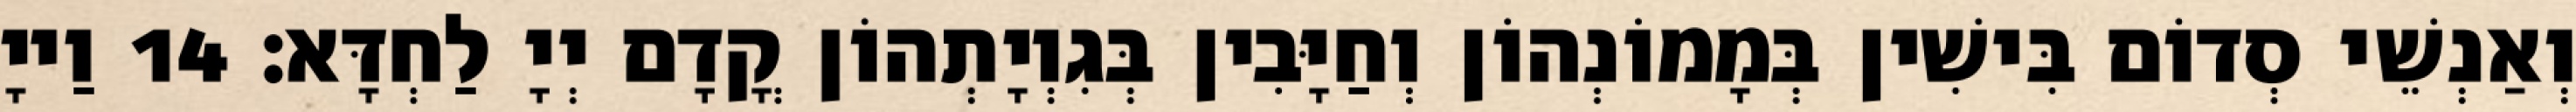
וְאַנְשֵׁי סְדוֹם בִּישִׁין בְּמָמוֹנְהוֹן וְחַיָּבִין בְּגִוְיָתְהוֹן קֳדָם יְיָ לַחְדָּא׃ 14 וַייָ